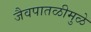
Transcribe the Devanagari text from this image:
जैवपातळीमुळे